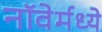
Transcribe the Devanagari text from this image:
नॉवेर्मध्ये